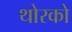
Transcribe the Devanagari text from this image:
थोरको